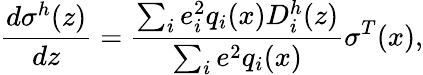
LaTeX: \frac{d\sigma^{h}(z)}{dz}=\frac{\sum_{i}e_{i}^{2}q_{i}(x)D_{i}^{h}(z)}{\sum_{i}e^{2}q_{i}(x)}\sigma^{T}(x),